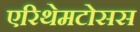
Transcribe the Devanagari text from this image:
एरिथेमटोसस